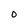
Character: 0